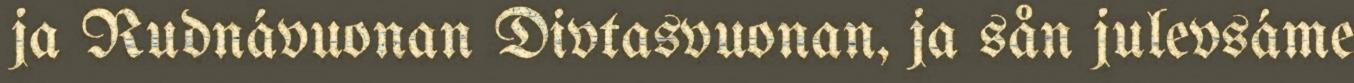
ja Rudnávuonan Divtasvuonan, ja sån julevsáme